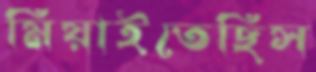
মিয়াইতেছিস